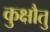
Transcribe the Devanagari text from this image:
कुक्षौतु